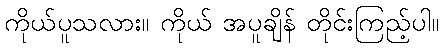
ကိုယ်ပူသလား။ ကိုယ် အပူချိန် တိုင်းကြည့်ပါ။